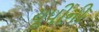
યૂપીની